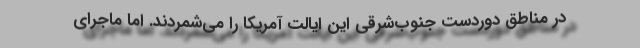
در مناطق دوردست جنوب‌شرقی این ایالت آمریکا را می‌شمردند. اما ماجرای